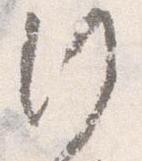
行